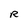
Character: R